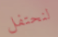
لنحتفل